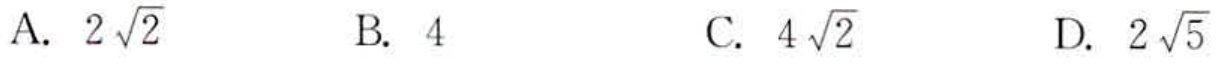
A. \(2\sqrt{2}\)  B. \(4\)  C. \(4\sqrt{2}\)  D. \(2\sqrt{5}\)